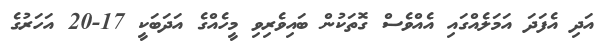
އަދި އެފަދަ އަމަލެއްގައި އެއްވެސް ގޮތަކުން ބައިވެރިވި މީހެއްގެ އަދަބަކީ 17-20 އަހަރުގެ